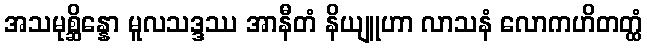
အသမုစ္ဆိန္နော မူလသဒ္ဒဿ အာနီတံ နိယျူဟာ လာသနံ လောကဟိတတ္ထံ